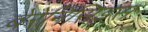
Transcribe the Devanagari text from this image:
बेरेनिसिड्स